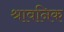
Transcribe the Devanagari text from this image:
श्रावनिक